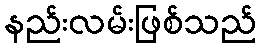
နည်းလမ်းဖြစ်သည်